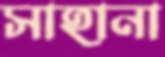
সাহানা